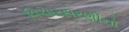
વિચારસરણીનો